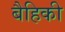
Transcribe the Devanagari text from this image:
बैहिकी